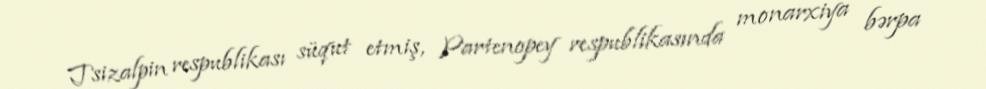
Tsizalpin respublikası süqut etmiş, Partenopey respublikasında monarxiya bərpa